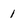
Character: 1